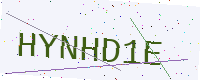
Text: HYNHD1E